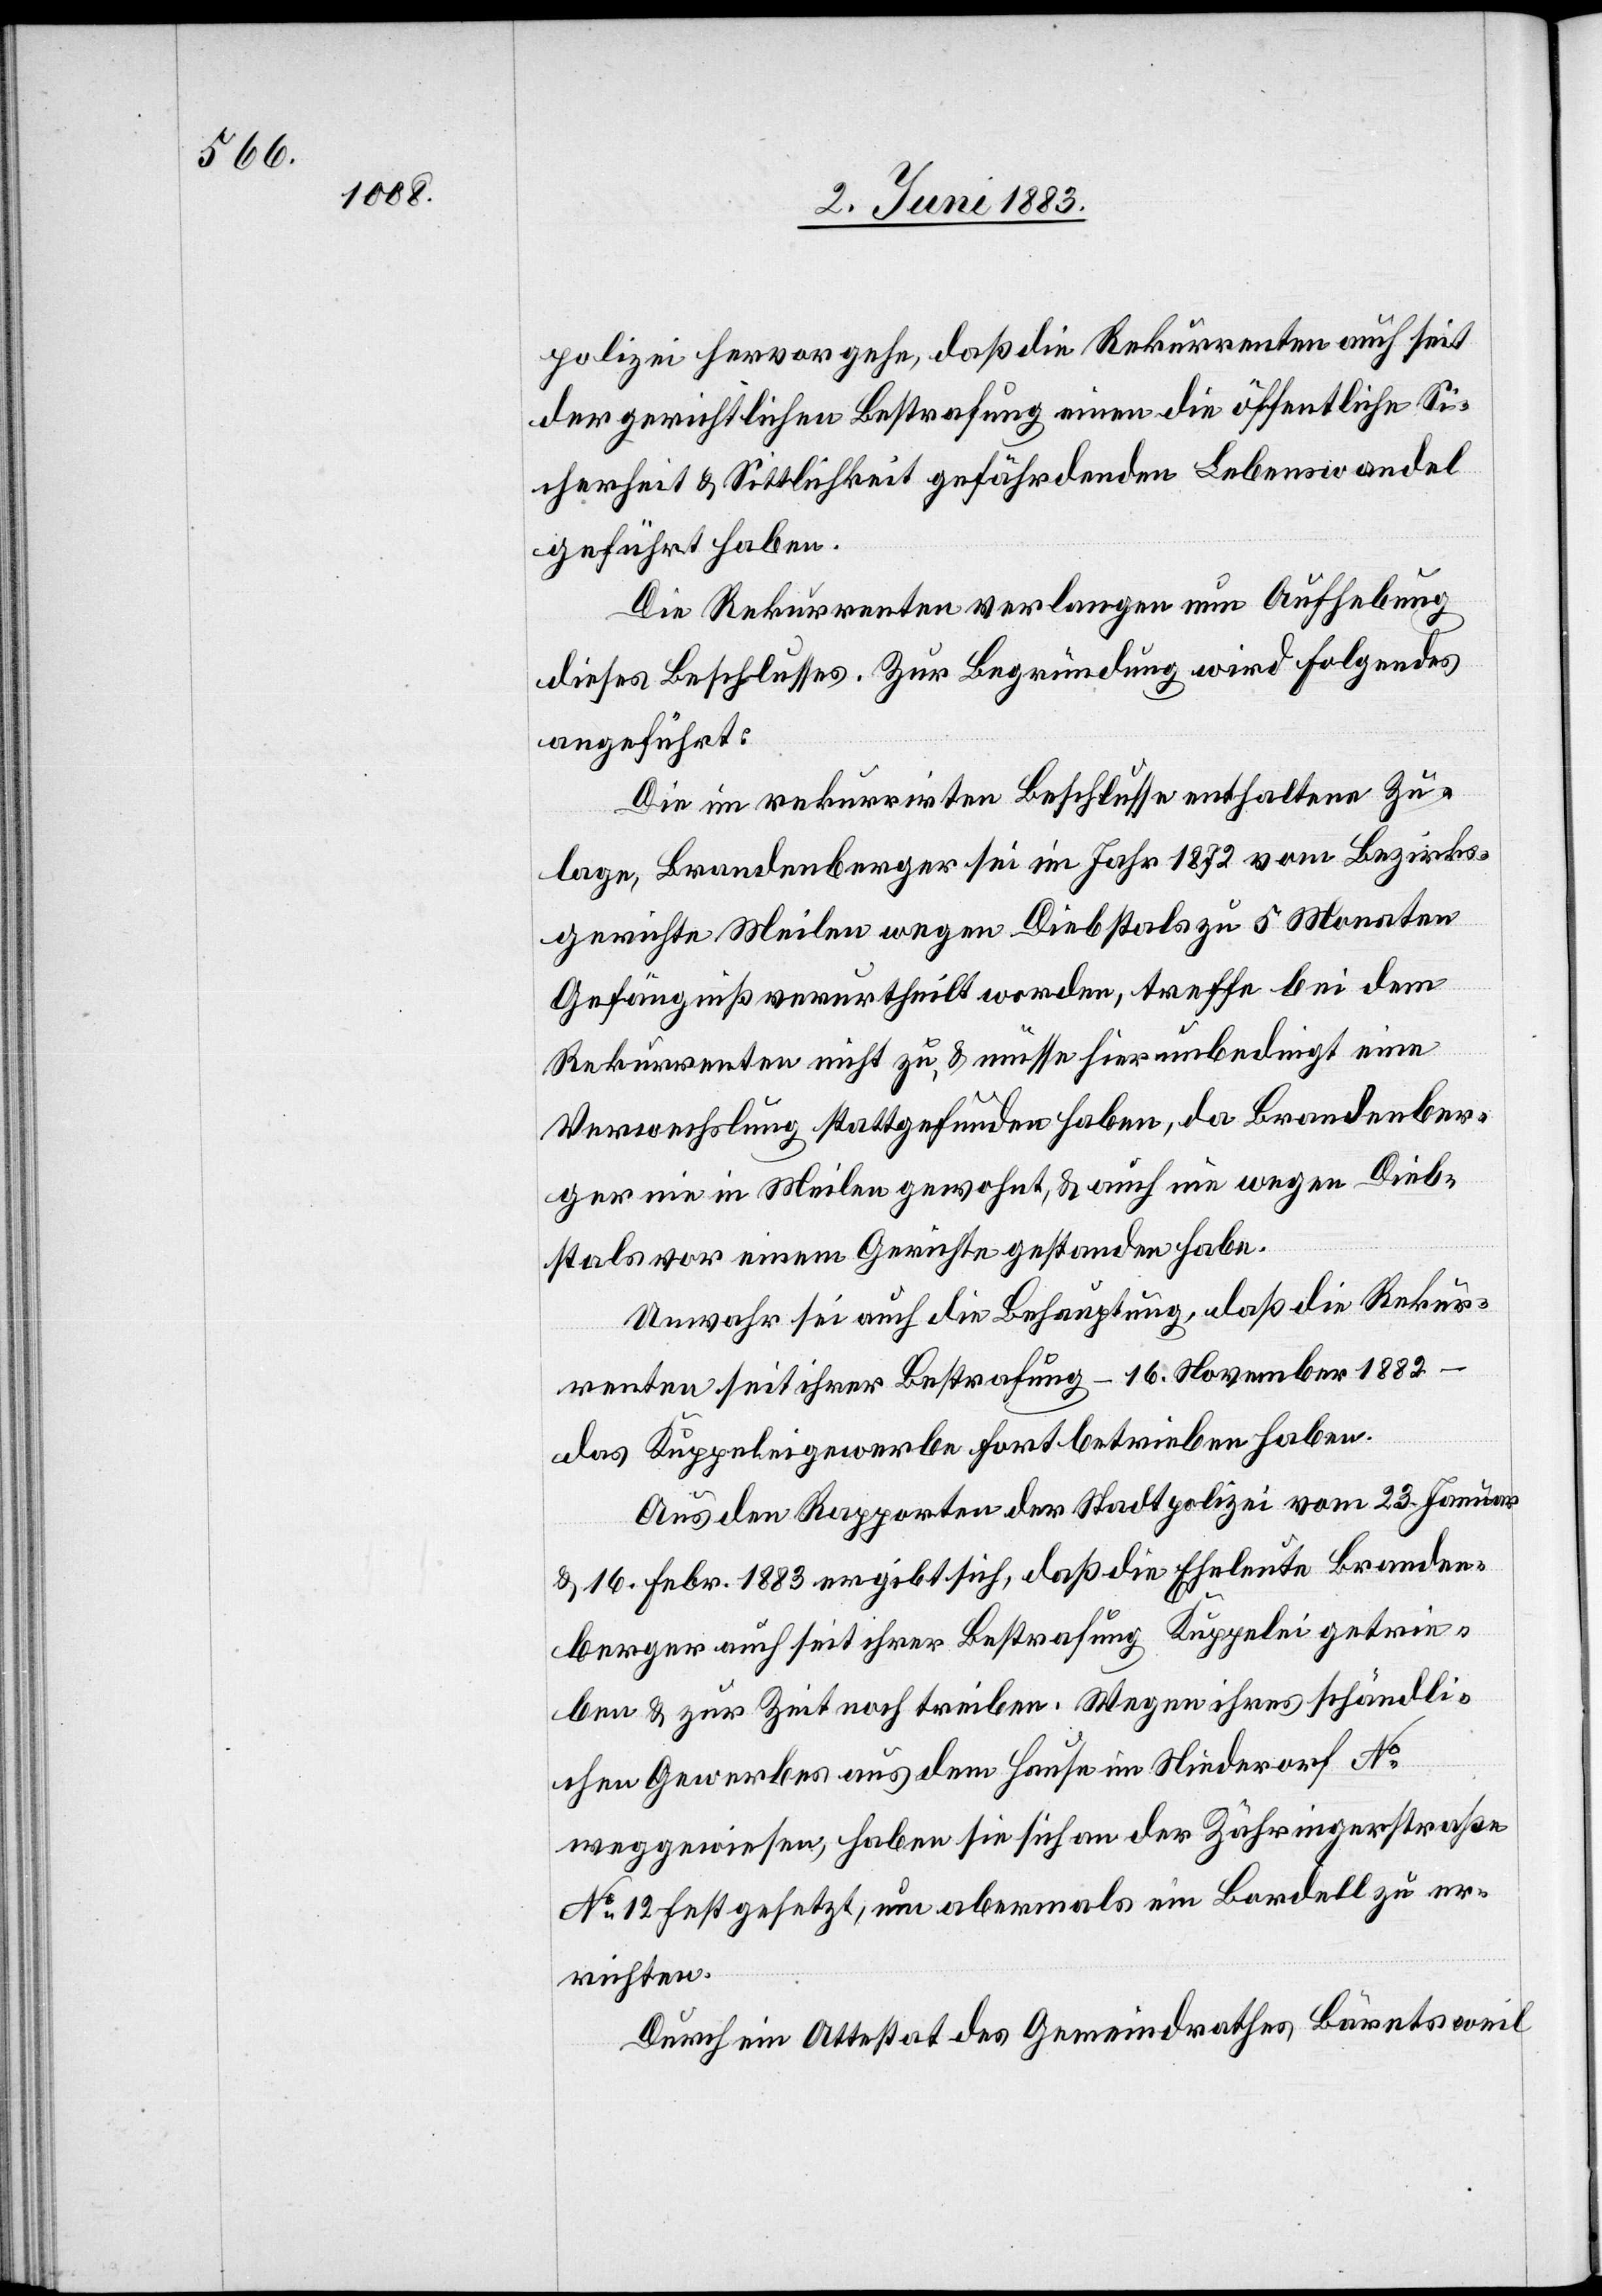
polizei hervorgehe, daß die Rekurrenten auch seit
der gerichtlichen Bestrafung einen die öffentliche Si¬
cherheit & Sittlichkeit gefährdenden Lebenswandel
geführt haben.
Die Rekurrenten verlangen nun Aufhebung
dieses Beschlusses. Zur Begründung wird Folgendes
angeführt:
Die im rekurrirten Beschlusse enthaltene Zu¬
lage, Brandenberger sei im Jahr 1872 vom Bezirks¬
gerichte Meilen wegen Diebstals zu 5 Monaten
Gefängniß verurtheilt worden, treffe bei dem
Rekurrenten nicht zu, & müsse hier unbedingt eine
Verwechslung stattgefunden haben, da Brandenber¬
ger nie in Meilen gewohnt, & auch nie wegen Dieb¬
stals vor einem Gerichte gestanden habe.
Unwahr sei auch die Behauptung, daß die Rekur¬
renten seit ihrer Bestrafung – 16. November 1882
das Kuppeleigewerbe fortbetrieben haben.
Aus den Rapporten der Stadtpolizei vom 23. Januar
& 16. Febr. 1883 ergibt sich, daß die Eheleute Branden¬
berger auch seit ihrer Bestrafung Kuppelei getrie¬
ben & zur Zeit noch treiben. Wegen ihres schändli¬
chen Gewerbes aus dem Hause im Nieder[d]orf No
weggewiesen, haben sie sich an der Zähringerstraße
No 12 festgesetzt, um abermals ein Bordell zu er¬
richten.
Durch ein Attestat des Gemeindrathes Bäretsweil